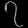
Digit: ၇